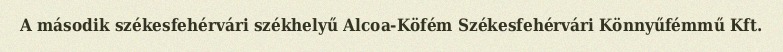
A második székesfehérvári székhelyű Alcoa-Köfém Székesfehérvári Könnyűfémmű Kft.